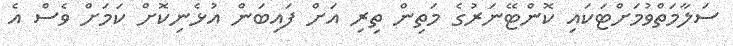
ސަލާމަތްވުމަށްޓަކައި ކޮންޓޭނަރުގެ މަތިން ތިރި އަށް ފައިބަން އުޅެނިކޮށް ކަމަށް ވެސް އެ